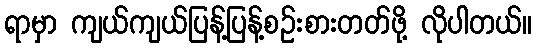
ရာမှာ ကျယ်ကျယ်ပြန့်ပြန့်စဉ်းစားတတ်ဖို့ လိုပါတယ်။